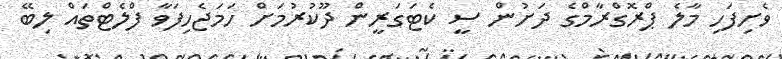
ވެށިފަހި މާލެ ޕްރޮގްރާމްގެ ދަށުން ސީ ކެޓަގަރީން ދޫކުރުމަށް ހަމަޖެހިފަވާ ފްލެޓްތައް ލިބޭ